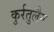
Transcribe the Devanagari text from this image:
कुर्रतुलैन